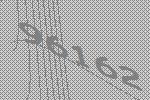
96162